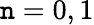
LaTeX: \mathtt{n}=0,1